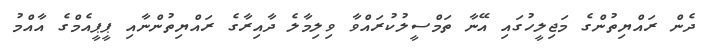
ދެން ރައްޔިތުންގެ މަޖިލީހުގައި އޭނާ ތަމްސީލުކުރައްވާ ވިލިމާލެ ދާއިރާގެ ރައްޔިތުންނާއި ޕީޕީއެމްގެ އާއްމު